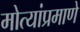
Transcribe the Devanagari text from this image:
मोत्यांप्रमाणे